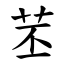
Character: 苤